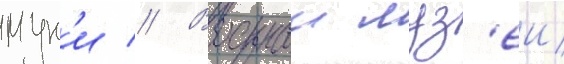
мун'и // Военныи муз'еи/